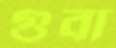
গুবা